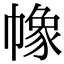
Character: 𢄵